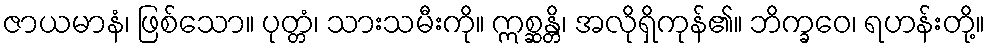
ဇာယမာနံ၊ ဖြစ်သော။ ပုတ္တံ၊ သားသမီးကို။ ဣစ္ဆန္တိ၊ အလိုရှိကုန်၏။ ဘိက္ခဝေ၊ ရဟန်းတို့။